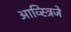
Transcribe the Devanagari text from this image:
आव्स्त्रिजे